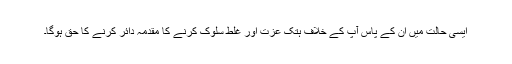
ایسی حالت میں ان کے پاس آپ کے خلاف ہتک عزت اور غلط سلوک کرنے کا مقدمہ دائر کرنے کا حق ہوگا۔